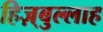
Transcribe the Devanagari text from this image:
हिज़्बुल्लाह